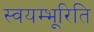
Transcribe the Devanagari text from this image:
स्वयम्भूरिति